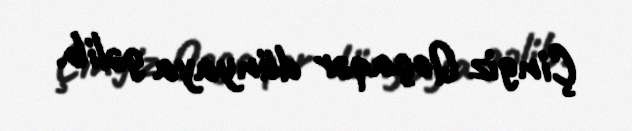
Çingiz Qoçaqər dünyaya gəlib.